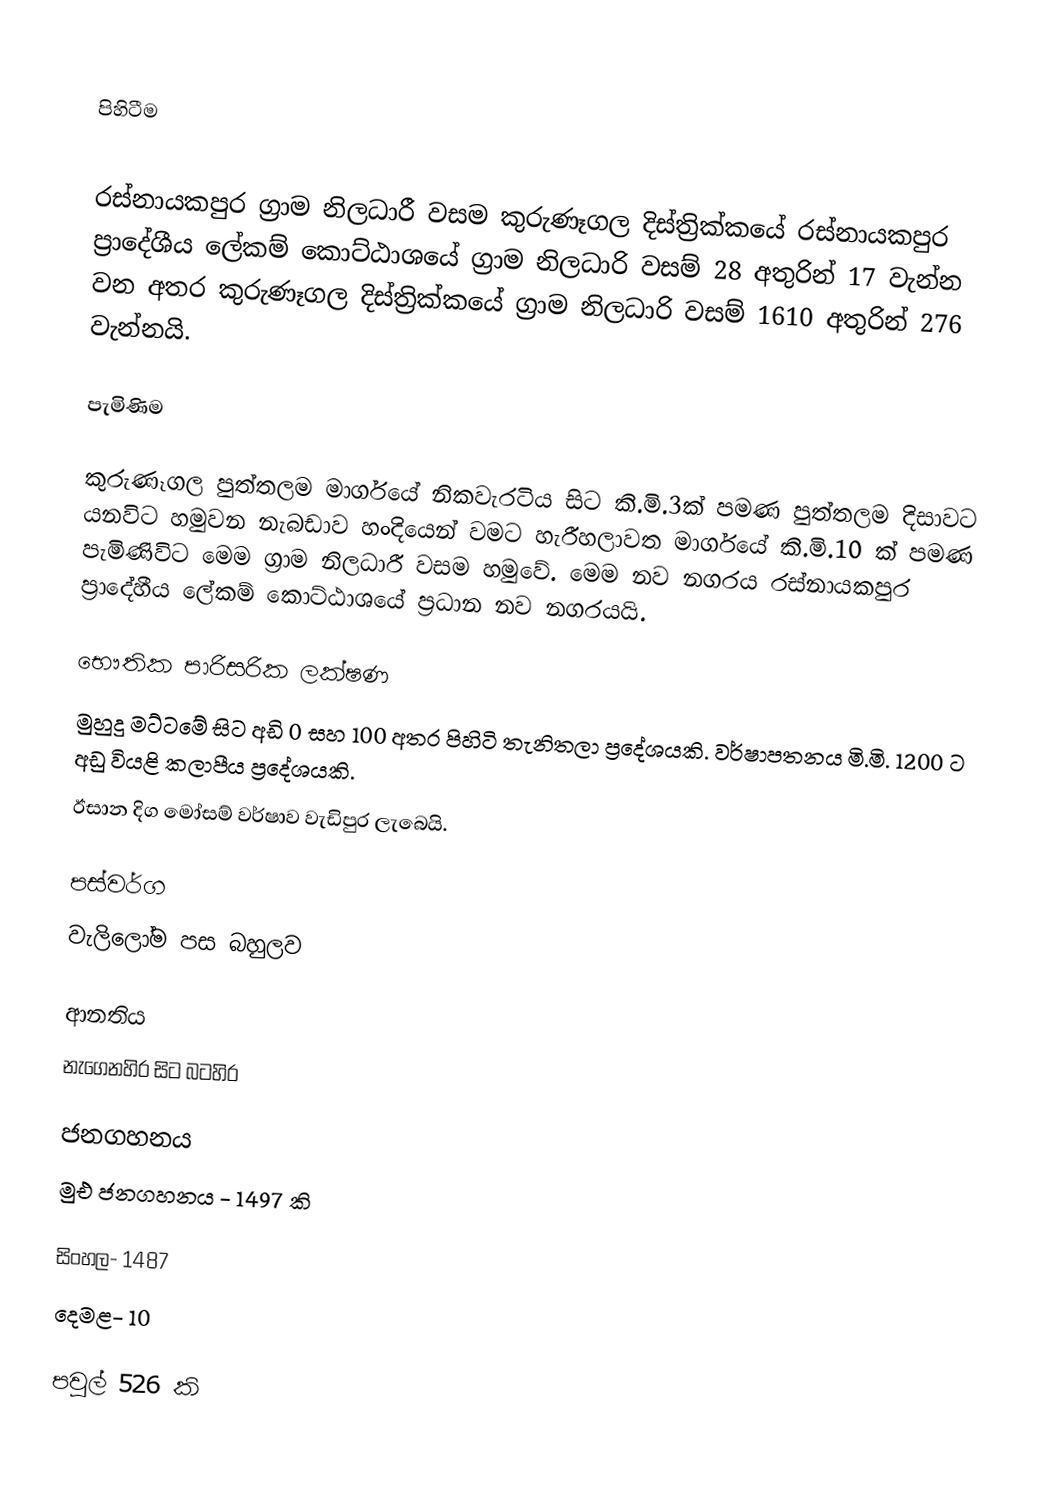

පිහිටීම

රස්නායකපුර ග්‍රාම නිලධාරී වසම කුරුණෑගල දිස්ත්‍රික්කයේ රස්නායකපුර ප්‍රාදේශීය ලේකම් කොට්ඨාශයේ ග්‍රාම නිලධාරි වසම් 28 අතුරින් 17 වැන්න වන අතර කුරුණෑගල දිස්ත්‍රික්කයේ   ග්‍රාම නිලධාරි වසම් 1610 අතුරින් 276 වැන්නයි.

පැමිණිම

කුරුණෑගල පුත්තලම මාර්ගයේ  නිකවැරටිය සිට කි.මි.3ක් පමණ පුත්තලම දිසාවට යනවිට හමුවන නැබඩාව හංදියෙන් වමට හැරීහලාවත මාර්ගයේ කි.මි.10 ක් පමණ පැමිණිවිට මෙම ග්‍රාම නිලධාරී වසම හමුවේ. මෙම නව නගරය රස්නායකපුර ප්‍රාදේහීය ලේකම් කොට්ඨාශයේ ප්‍රධාන නව නගරයයි.

භෞතික පාරිසරික ලක්ෂණ
මුහුදු මට්ටමේ සිට අඩි 0 සහ 100 අතර පිහිටි තැනිතලා ප්‍රදේශයකි. වර්ෂාපතනය මි.මි. 1200 ට අඩු වියළි කලාපීය ප්‍රදේශයකි.
ඊසාන දිග මෝසම් වර්ෂාව වැඩිපුර ලැබෙයි.

පස්වර්ග
වැලිලෝම පස බහුලව

ආනතිය
නැගෙනහිර සිට බටහිර

ජනගහනය
මුඑ ජනගහනය - 1497 කි

සිංහල- 1487
දෙමළ- 10

පවුල් 526 කි